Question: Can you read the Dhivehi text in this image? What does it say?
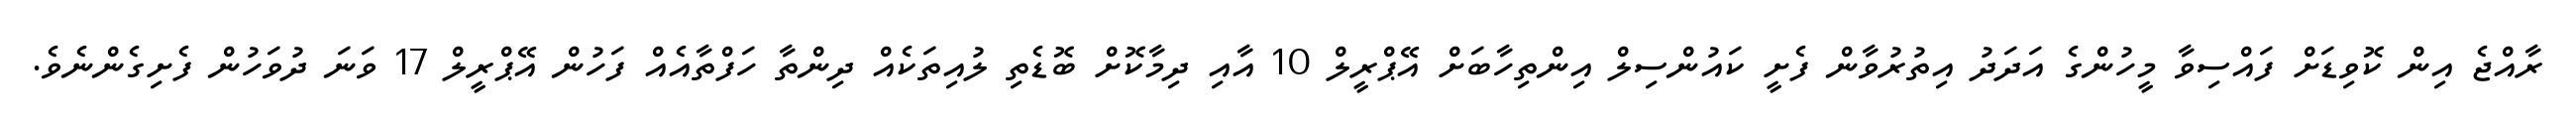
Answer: ރާއްޖެ އިން ކޮވިޑަށް ފައްސިވާ މީހުންގެ އަދަދު އިތުރުވާން ފެށީ ކައުންސިލް އިންތިހާބަށް އޭޕްރީލް 10 އާއި ދިމާކޮށް ބޮޑެތި ލުއިތަކެއް ދިންތާ ހަފްތާއެއް ފަހުން އޭޕްރީލް 17 ވަނަ ދުވަހުން ފެށިގެންނެވެ.